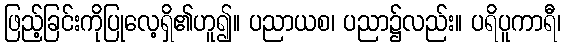
ဖြည့်ခြင်းကိုပြုလေ့ရှိ၏ဟူ၍။ ပညာယစ၊ ပညာ၌လည်း။ ပရိပူကာရီ၊